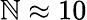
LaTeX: \mathbb{N}\approx10